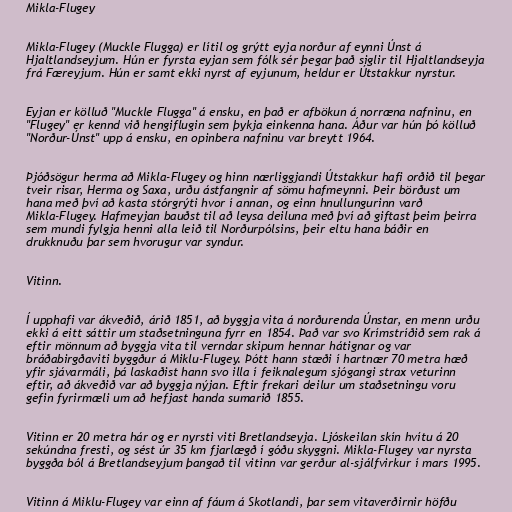
Mikla-Flugey

Mikla-Flugey (Muckle Flugga) er lítil og grýtt eyja norður af eynni Únst á
Hjaltlandseyjum. Hún er fyrsta eyjan sem fólk sér þegar það siglir til Hjaltlandseyja
frá Færeyjum. Hún er samt ekki nyrst af eyjunum, heldur er Útstakkur nyrstur.

Eyjan er kölluð "Muckle Flugga" á ensku, en það er afbökun á norræna nafninu, en
"Flugey" er kennd við hengiflugin sem þykja einkenna hana. Áður var hún þó kölluð
"Norður-Únst" upp á ensku, en opinbera nafninu var breytt 1964.

Þjóðsögur herma að Mikla-Flugey og hinn nærliggjandi Útstakkur hafi orðið til þegar
tveir risar, Herma og Saxa, urðu ástfangnir af sömu hafmeynni. Þeir börðust um
hana með því að kasta stórgrýti hvor í annan, og einn hnullungurinn varð
Mikla-Flugey. Hafmeyjan bauðst til að leysa deiluna með því að giftast þeim þeirra
sem mundi fylgja henni alla leið til Norðurpólsins, þeir eltu hana báðir en
drukknuðu þar sem hvorugur var syndur.

Vitinn.

Í upphafi var ákveðið, árið 1851, að byggja vita á norðurenda Únstar, en menn urðu
ekki á eitt sáttir um staðsetninguna fyrr en 1854. Það var svo Krímstríðið sem rak á
eftir mönnum að byggja vita til verndar skipum hennar hátignar og var
bráðabirgðaviti byggður á Miklu-Flugey. Þótt hann stæði í hartnær 70 metra hæð
yfir sjávarmáli, þá laskaðist hann svo illa í feiknalegum sjógangi strax veturinn
eftir, að ákveðið var að byggja nýjan. Eftir frekari deilur um staðsetningu voru
gefin fyrirmæli um að hefjast handa sumarið 1855.

Vitinn er 20 metra hár og er nyrsti viti Bretlandseyja. Ljóskeilan skín hvítu á 20
sekúndna fresti, og sést úr 35 km fjarlægð í góðu skyggni. Mikla-Flugey var nyrsta
byggða ból á Bretlandseyjum þangað til vitinn var gerður al-sjálfvirkur í mars 1995.

Vitinn á Miklu-Flugey var einn af fáum á Skotlandi, þar sem vitaverðirnir höfðu